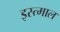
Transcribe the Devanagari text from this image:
इस्त्माल